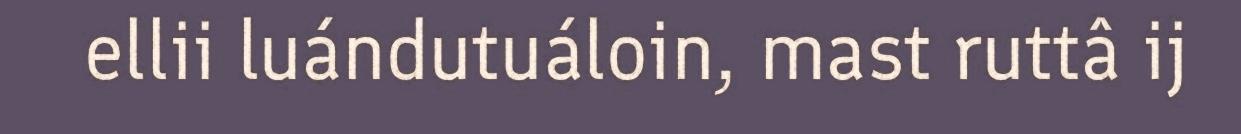
ellii luándutuáloin, mast ruttâ ij